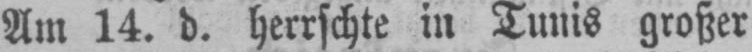
Am 14. d. herrschte in Tunis großer